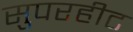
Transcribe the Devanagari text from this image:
सुपरहीट